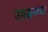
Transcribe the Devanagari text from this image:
उपसनांचा